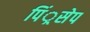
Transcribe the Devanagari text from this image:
पिं्रसेप